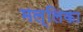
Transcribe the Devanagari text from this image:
मल्‍लिका